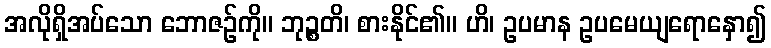
အလိုရှိအပ်သော ဘောဇဉ်ကို။ ဘုဉ္စတိ၊ စားနိုင်၏။ ဟိ၊ ဥပမာန ဥပမေယျရောနှော၍